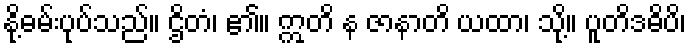
နို့ဓမ်းပုပ်သည်။ ဌိတံ၊ ၏။ ဣတိ န ဇာနာတိ ယထာ၊ သို့။ ပူတိဒဓိပိ၊